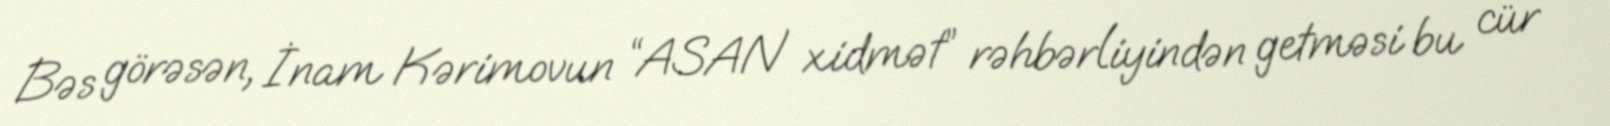
Bəs görəsən, İnam Kərimovun “ASAN xidmət” rəhbərliyindən getməsi bu cür